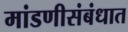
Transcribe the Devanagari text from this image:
मांडणीसंबंधात